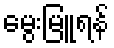
မွေးမြူရန်